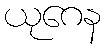
ယုဂေန